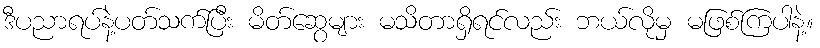
ဒီပညာရပ်နဲ့ပတ်သက်ပြီး မိတ်ဆွေများ မသိတာရှိရင်လည်း ဘယ်လိုမှ မဖြစ်ကြပါနဲ့။